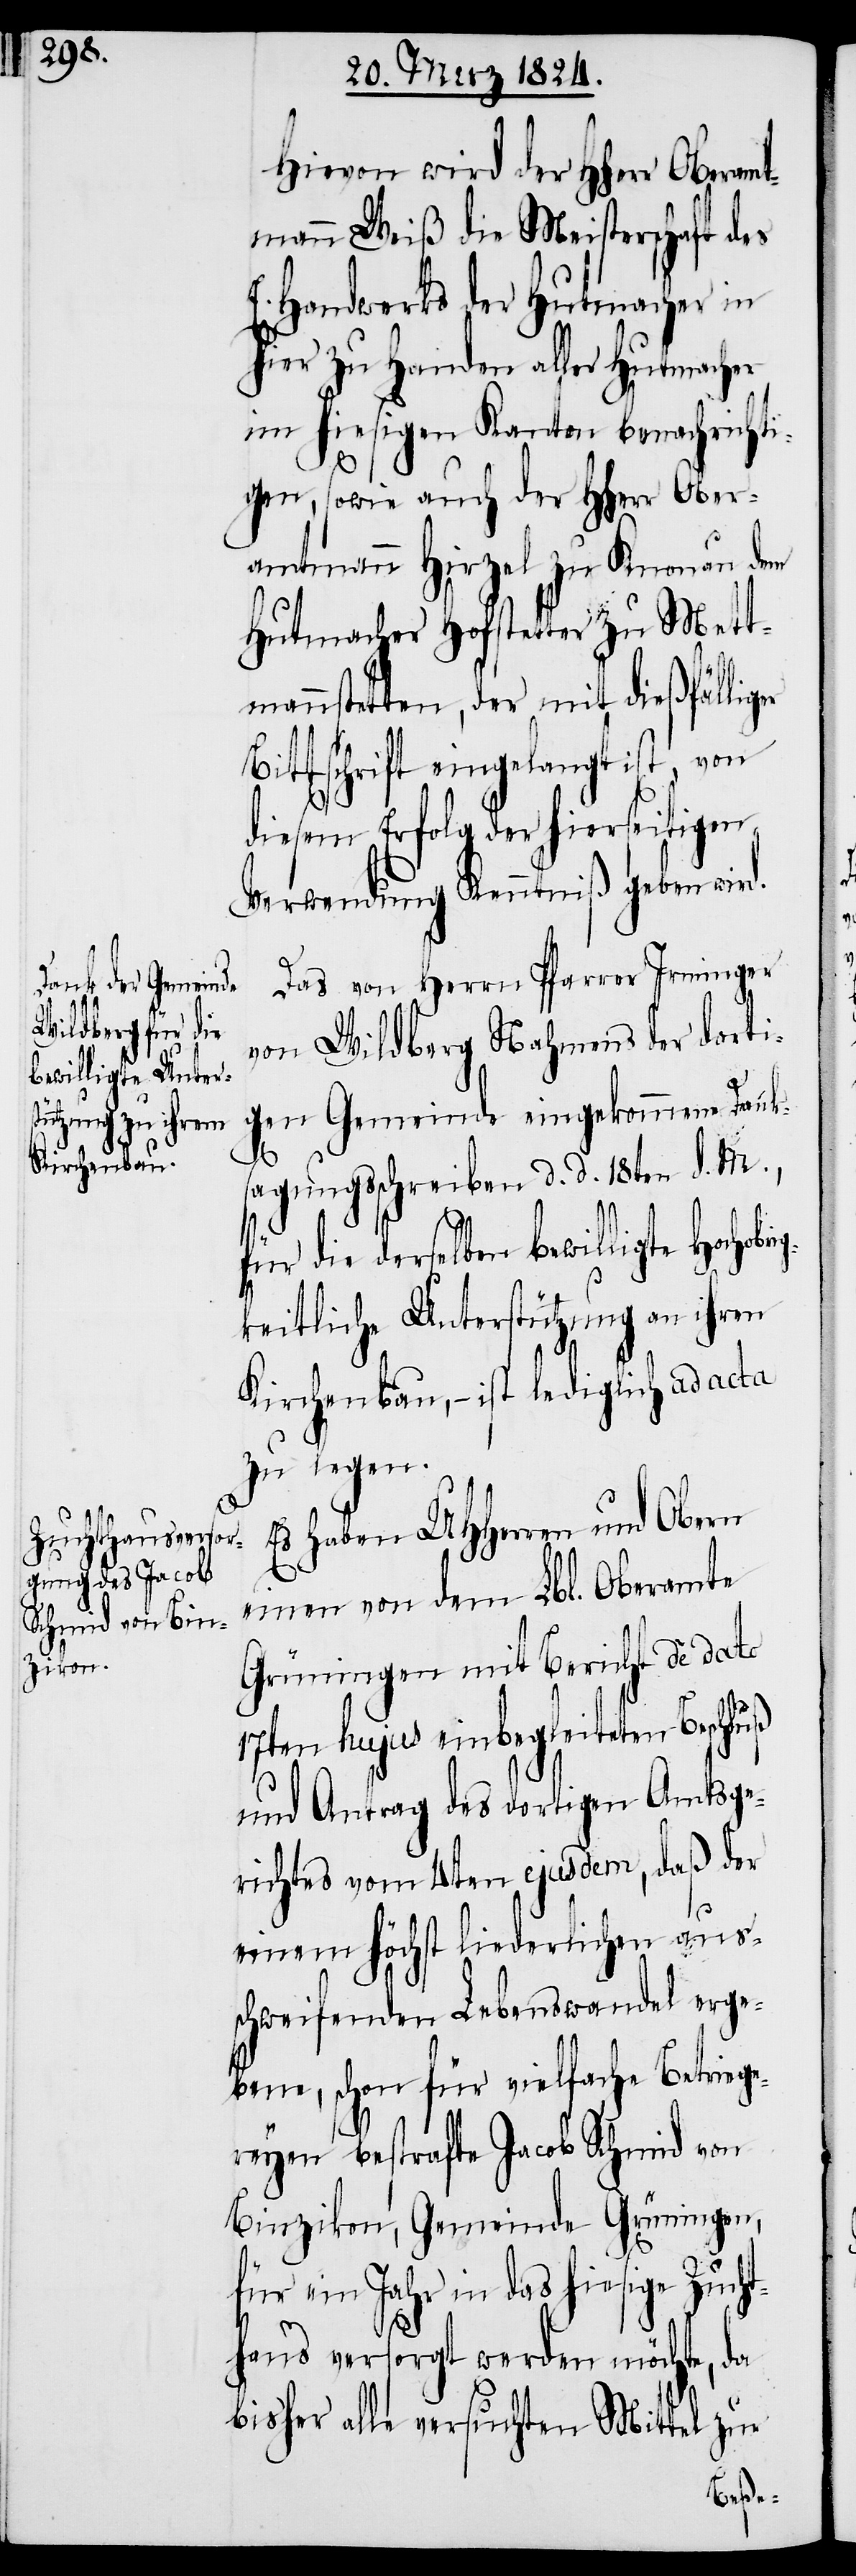
Hievon wird der HHerr Oberamt¬
mann Weiß die Meisterschaft des
Handwerks der Hutmacher in
hier zu Handen aller Hutmacher
im hiesigen Kanton benachrichti¬
gen, sowie auch der HHerr Ober¬
amtmann Hirzel zu Knonau dem
Hutmacher Hofstetter zu Mett¬
mennstetten, der mit dießfälliger
Bittschrift eingelangt ist, von
diesem Erfolg der hierseitigen
Verwendung Kenntniß gegeben wird.
E.
Das von Herrn Pfarrer Irminger
von Wildberg Nahmens der dorti¬
gen Gemeinde eingekommene Danks¬
brig¬
agungsschreiben d. d. 18ten d. M.,
für die derselben bewilligte Hocho¬
keitliche Unterstützung an ihren
Kirchenbau, – ist lediglich ad acta
zu legen.
Es haben UHHerren und Obern
einen von dem Lbl. Oberamte
Grüningen mit Bericht de dato
17ten hujus einbegleiteten Beschluß
und Antrag des dortigen Amtsge¬
richtes vom 4ten ejusdem, daß der
einem höchst liederlichen aus¬
schweifenden Lebenswandel erge¬
bene, schon für vielfache Betriege¬
reyen bestrafte Jacob Schmid von
Binzikon, Gemeinde Grüningen,
für ein Jahr in das hiesige Zucht¬
haus versorgt werden möchte, da
bisher alle versuchten Mittel zur